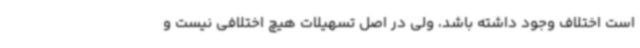
است اختلاف وجود داشته باشد، ولی در اصل تسهیلات هیچ اختلافی نیست و